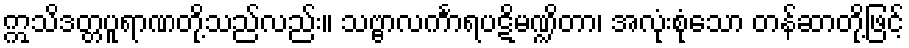
ဣသိဒတ္တပူရာဏတို့သည်လည်း။ သဗ္ဗာလင်္ကာရပဋိမဏ္ဍိတာ၊ အလုံးစုံသော တန်ဆာတို့ဖြင့်